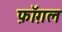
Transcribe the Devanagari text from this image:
फ़ॉग़ल